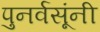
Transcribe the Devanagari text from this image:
पुनर्वसूंनी